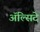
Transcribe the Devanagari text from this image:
अॅल्सिदे